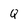
Character: Q